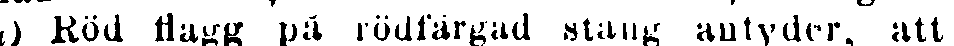
a) Röd flagg på rödfärgad stang antyder, att